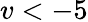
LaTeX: v<-5